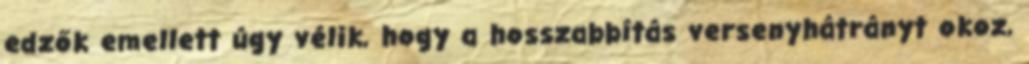
edzők emellett úgy vélik, hogy a hosszabbítás versenyhátrányt okoz,